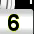
Digit: 6